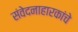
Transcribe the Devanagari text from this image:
संवेदनाहारकांचे